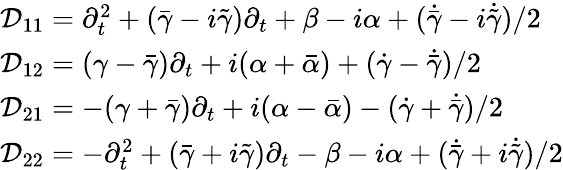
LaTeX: \begin{array}{l}{{{\cal D}_{11}=\partial_{t}^{2}+(\bar{\gamma}-i\tilde{\gamma})\partial_{t}+\beta-i\alpha+(\dot{\bar{\gamma}}-i\dot{\tilde{\gamma}})/2}}\\ {{{\cal D}_{12}=(\gamma-\bar{\gamma})\partial_{t}+i(\alpha+\bar{\alpha})+(\dot{\gamma}-\dot{\bar{\gamma}})/2}}\\ {{{\cal D}_{21}=-(\gamma+\bar{\gamma})\partial_{t}+i(\alpha-\bar{\alpha})-(\dot{\gamma}+\dot{\bar{\gamma}})/2}}\\ {{{\cal D}_{22}=-\partial_{t}^{2}+(\bar{\gamma}+i\tilde{\gamma})\partial_{t}-\beta-i\alpha+(\dot{\bar{\gamma}}+i\dot{\tilde{\gamma}})/2}}\end{array}